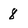
Character: 8